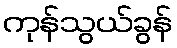
ကုန်သွယ်ခွန်